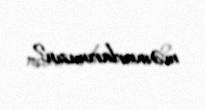
məmurlarımızın?..